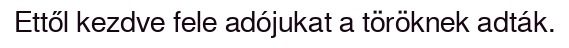
Ettől kezdve fele adójukat a töröknek adták.